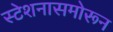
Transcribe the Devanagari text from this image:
स्टेशनासमोरून